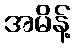
အမိန့်